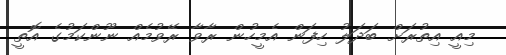
މިއީ އިތުރަށް ބަދަލު ހިފަން އެމީހުން ރާވާ ރޭވުމެއް ނޫންކަމުގެ އޮތީ